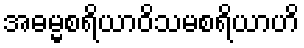
အဓမ္မစရိယာဝိသမစရိယာဟိ